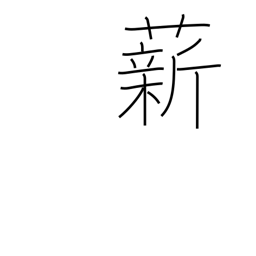
Meaning: fuel